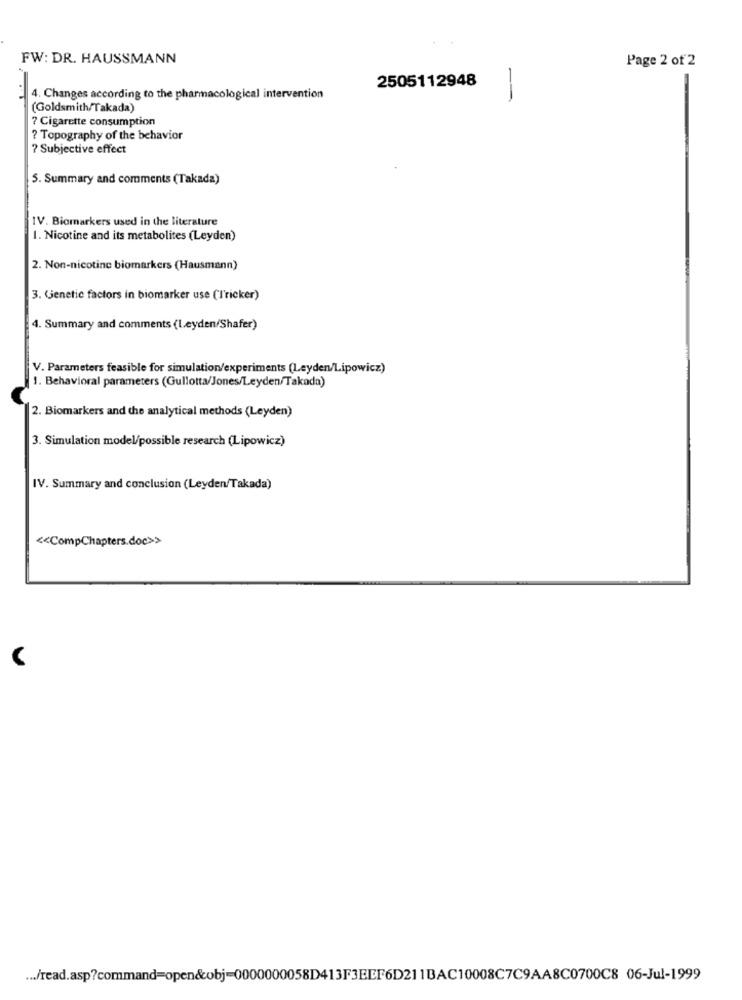
FW: DR. HAUSSMANN
Page 2 of 2
2505112948
4. Changes according to the pharmacological intervention
(Goldsmith/Takada)
7 Cigarette consumption
? Topography of the behavior
? Subjective effect
5. Summary and comments (Takada)
IV. Biomarkers used in the literature
1. Nicotine and its metabolites (Leyden)
2. Non-nicotine biomarkers (Hausmann)
3. Genetic factors in biomarker use (l'ricker)
4. Summary and comments (Leyden/Shafer)
V. Parameters feasible for simulation/experiments (Leyden/Lipowicz)
1. Behavioral parameters (Gullotta/Jones/Leyden/Takada)
2. Biomarkers and the analytical methods (Leyden)
3. Simulation model/possible research (Lipowicz)
IV. Summary and conclusion (Leyden/Takada)
<< CompChapters.doc>>
V
... /read.asp?command=open&obj=0000000058D413F3EEF6D211BAC10008C7C9AA8C0700C8 06-Jul-1999